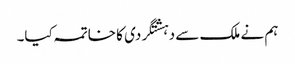
ہم نے ملک سے دہشتگردی کا خاتمہ کیا۔